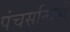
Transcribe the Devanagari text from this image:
पंचसन्धियों